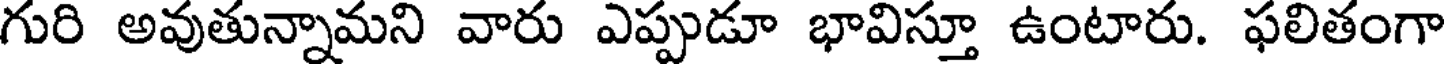
గురి అవుతున్నామని వారు ఎప్పుడూ భావిస్తూ ఉంటారు. ఫలితంగా